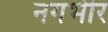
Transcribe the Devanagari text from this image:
नगभीर